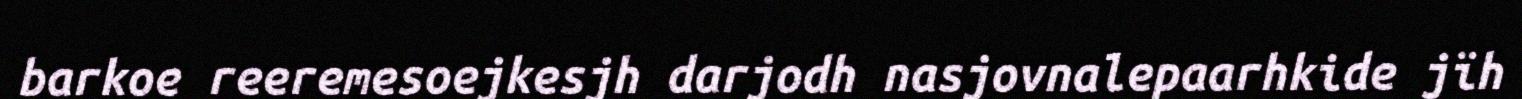
barkoe reeremesoejkesjh darjodh nasjovnalepaarhkide jïh